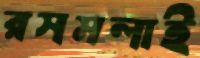
রসমলাই